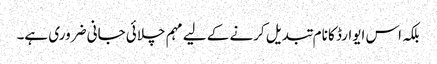
بلکہ اس ایوارڈ کا نام تبدیل کرنے کے لیے مہم چلائی جانی ضروری ہے۔